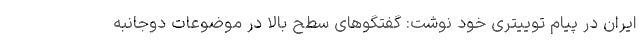
ایران در پیام توییتری خود نوشت: گفتگوهای سطح بالا در موضوعات دوجانبه